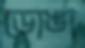
ডোঙা